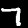
Digit: 7